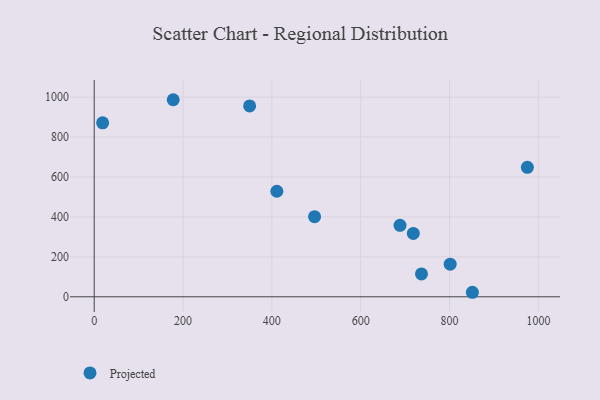
{"axis": {"x": "Investment", "y": "Yield"}, "legend": ["Projected"], "data": [{"x": "801.4", "y": 163.1, "type": "Projected"}, {"x": "718.4", "y": 317.5, "type": "Projected"}, {"x": "688.5", "y": 358.0, "type": "Projected"}, {"x": "177.9", "y": 987.0, "type": "Projected"}, {"x": "411.2", "y": 528.5, "type": "Projected"}, {"x": "349.9", "y": 956.1, "type": "Projected"}, {"x": "736.8", "y": 114.7, "type": "Projected"}, {"x": "496.1", "y": 401.2, "type": "Projected"}, {"x": "975.2", "y": 648.2, "type": "Projected"}, {"x": "19.0", "y": 871.1, "type": "Projected"}, {"x": "851.4", "y": 22.6, "type": "Projected"}]}